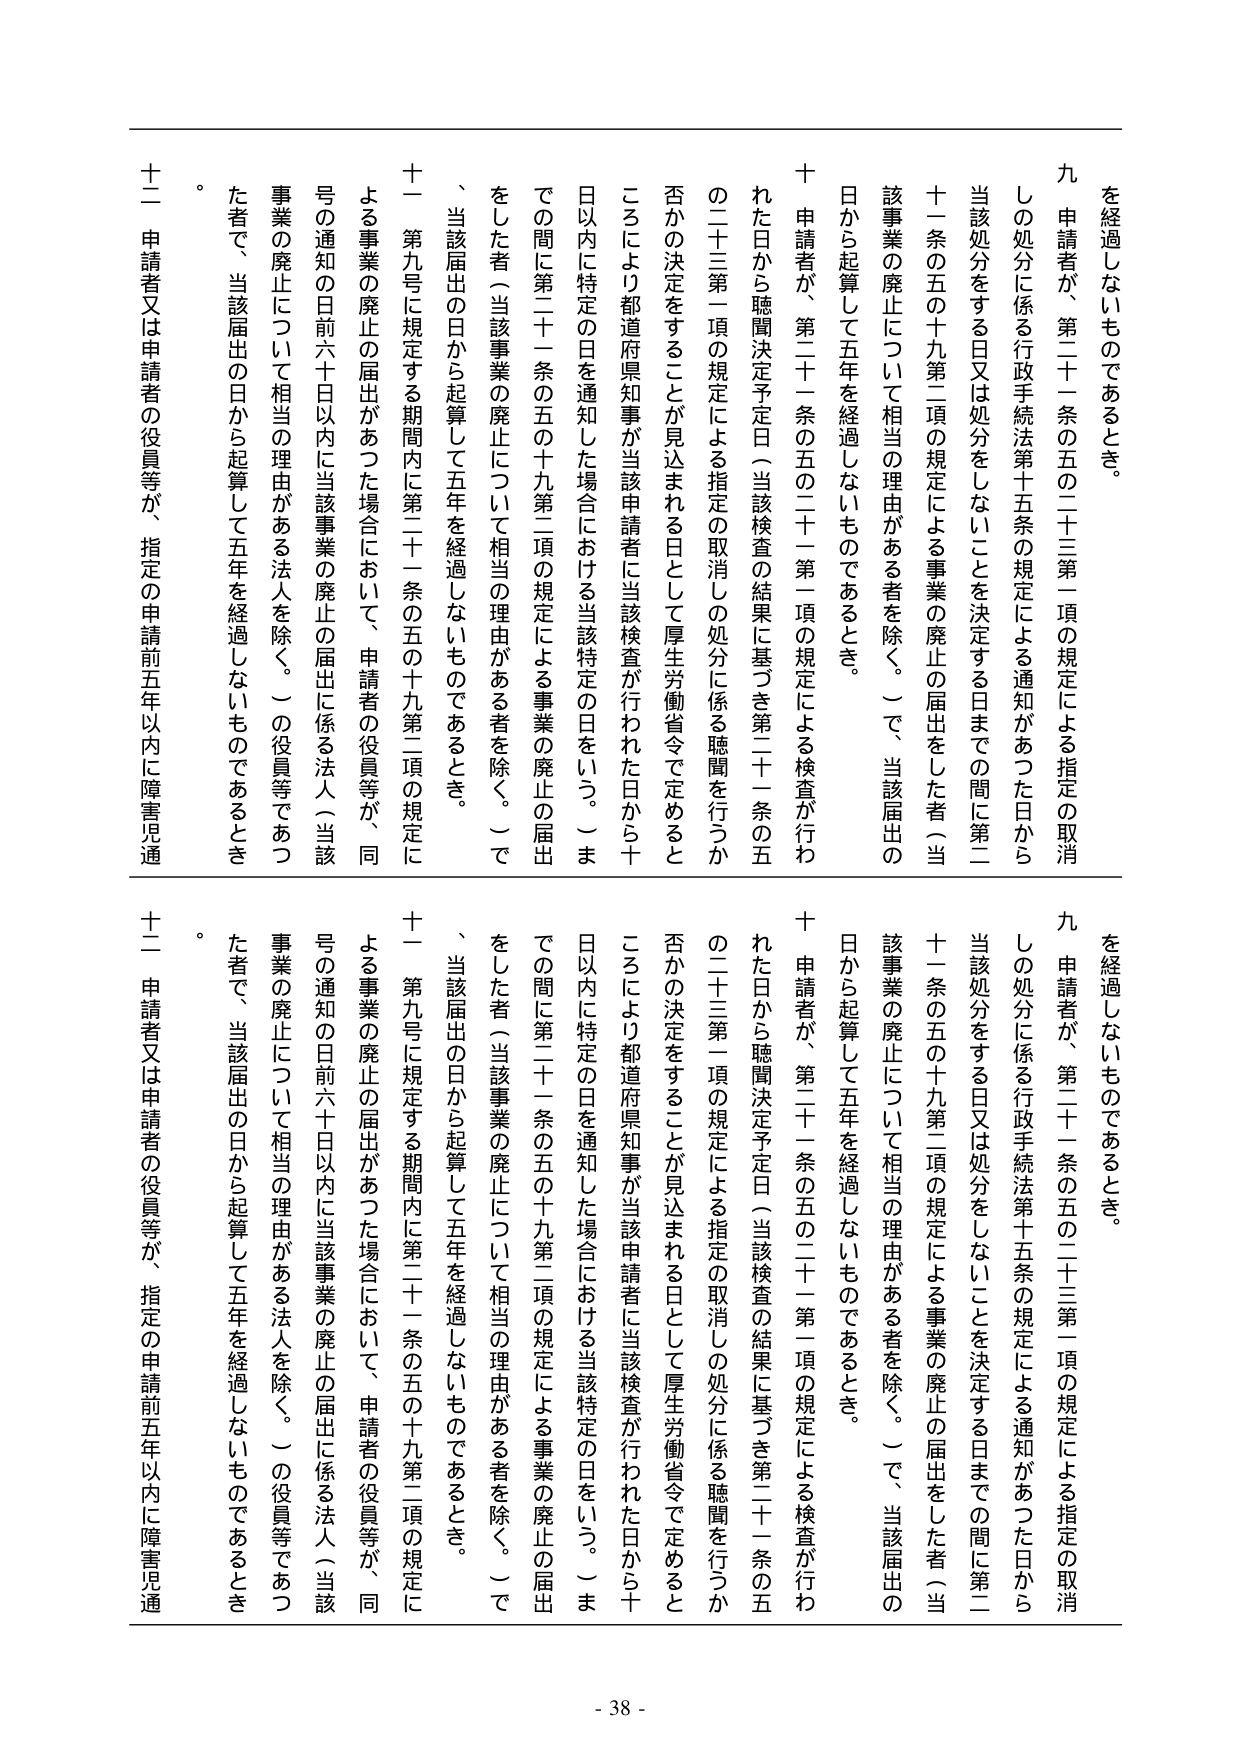
を経過しないものであるとき。

九 申請者が、第二十一条の五の二十三第一項の規定による指定の取消しの処分に係る行政手続法第十五条の規定による通知があった日から当該処分をする日又は処分をしないことを決定する日までの間に第二十一条の五の十九第二項の規定による事業の廃止の届出をした者（当該事業の廃止について相当の理由がある者を除く。）で、当該届出の日から起算して五年を経過しないものであるとき。

十 申請者が、第二十一条の五の二十一第一項の規定による検査が行われた日から聴聞決定予定日（当該検査の結果に基づき第二十一条の五の二十三第一項の規定による指定の取消しの処分に係る聴聞を行うか否かの決定をすることが見込まれる日として厚生労働省令で定めるところにより都道府県知事が当該申請者に当該検査が行われた日から十日以内に特定の日を通知した場合における当該特定の日をいう。）までの間に第二十一条の五の十九第二項の規定による事業の廃止の届出をした者（当該事業の廃止について相当の理由がある者を除く。）で、当該届出の日から起算して五年を経過しないものであるとき。

十一 第九号に規定する期間内に第二十一条の五の十九第二項の規定による事業の廃止の届出があった場合において、申請者の役員等が、同号の通知の日前六十日以内に当該事業の廃止の届出に係る法人（当該事業の廃止について相当の理由がある法人を除く。）の役員等であった者で、当該届出の日から起算して五年を経過しないものであるとき。

十二 申請者又は申請者の役員等が、指定の申請前五年以内に障害児通

を経過しないものであるとき。

九 申請者が、第二十一条の五の二十三第一項の規定による指定の取消しの処分に係る行政手続法第十五条の規定による通知があった日から当該処分をする日又は処分をしないことを決定する日までの間に第二十一条の五の十九第二項の規定による事業の廃止の届出をした者（当該事業の廃止について相当の理由がある者を除く。）で、当該届出の日から起算して五年を経過しないものであるとき。

十 申請者が、第二十一条の五の二十一第一項の規定による検査が行われた日から聴聞決定予定日（当該検査の結果に基づき第二十一条の五の二十三第一項の規定による指定の取消しの処分に係る聴聞を行うか否かの決定をすることが見込まれる日として厚生労働省令で定めるところにより都道府県知事が当該申請者に当該検査が行われた日から十日以内に特定の日を通知した場合における当該特定の日をいう。）までの間に第二十一条の五の十九第二項の規定による事業の廃止の届出をした者（当該事業の廃止について相当の理由がある者を除く。）で、当該届出の日から起算して五年を経過しないものであるとき。

十一 第九号に規定する期間内に第二十一条の五の十九第二項の規定による事業の廃止の届出があった場合において、申請者の役員等が、同号の通知の日前六十日以内に当該事業の廃止の届出に係る法人（当該事業の廃止について相当の理由がある法人を除く。）の役員等であった者で、当該届出の日から起算して五年を経過しないものであるとき。

十二 申請者又は申請者の役員等が、指定の申請前五年以内に障害児通

- 38 -